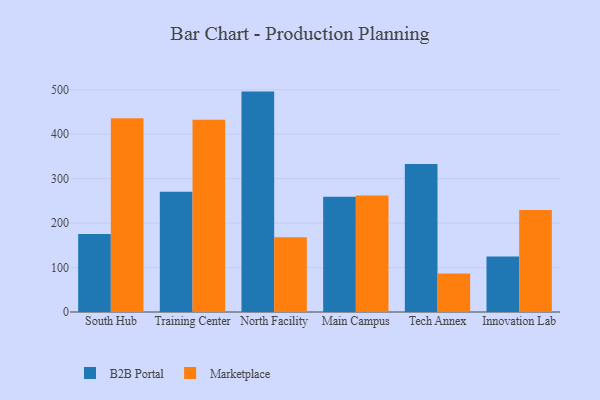
{"axis": {"x": "Campus", "y": "Latency (ms)"}, "legend": ["B2B Portal", "Marketplace"], "data": [{"x": "South Hub", "y": 175.4, "type": "B2B Portal"}, {"x": "South Hub", "y": 436.2, "type": "Marketplace"}, {"x": "Training Center", "y": 270.7, "type": "B2B Portal"}, {"x": "Training Center", "y": 432.7, "type": "Marketplace"}, {"x": "North Facility", "y": 495.9, "type": "B2B Portal"}, {"x": "North Facility", "y": 168.2, "type": "Marketplace"}, {"x": "Main Campus", "y": 259.1, "type": "B2B Portal"}, {"x": "Main Campus", "y": 262.4, "type": "Marketplace"}, {"x": "Tech Annex", "y": 333.0, "type": "B2B Portal"}, {"x": "Tech Annex", "y": 86.5, "type": "Marketplace"}, {"x": "Innovation Lab", "y": 125.1, "type": "B2B Portal"}, {"x": "Innovation Lab", "y": 229.4, "type": "Marketplace"}]}